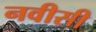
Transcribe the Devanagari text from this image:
नवीसी